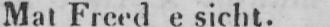
Mat Freed e sicht.